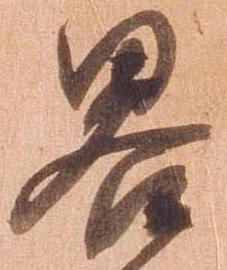
略